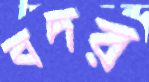
বদর